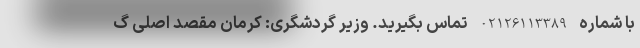
با شماره 02126113389 تماس بگیرید. وزیر گردشگری: کرمان مقصد اصلی گ